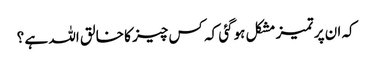
کہ ان پر تمیز مشکل ہوگئی کہ کس چیز کا خالق اللہ ہے ؟